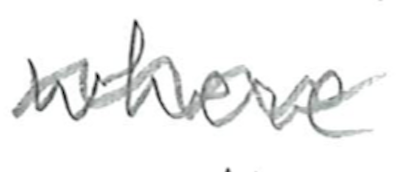
Text: where
Cross-out: wave
Writing tool: pencil